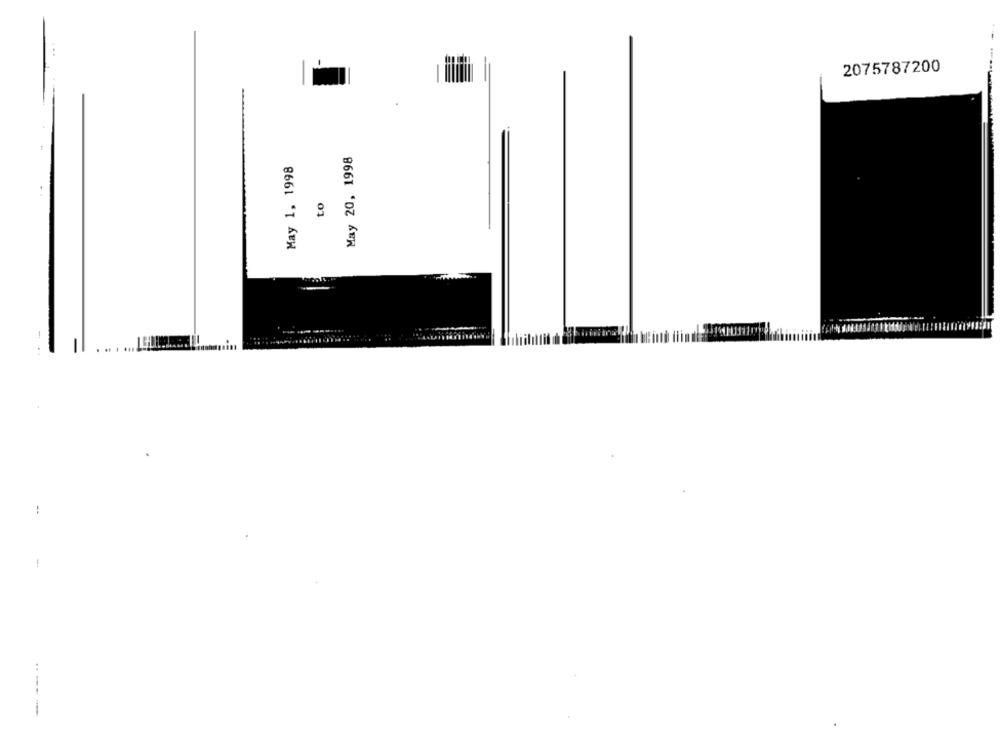
2075787200
May 20, 1998
May 1, 1998
to
!